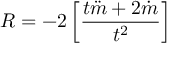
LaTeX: R = - 2 \left[ \frac { t \ddot { m } + 2 \dot { m } } { t ^ { 2 } } \right]